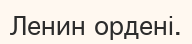
Ленин ордені.